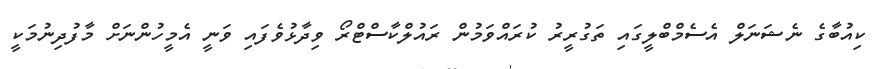
ކިއުބާގެ ނެޝަނަލް އެސެމްބްލީގައި ތަގުރީރު ކުރައްވަމުން ރައުލްކާސްޓްރޯ ވިދާޅުވެފައި ވަނީ އެމީހުންނަށް މާފުދިނުމަކީ